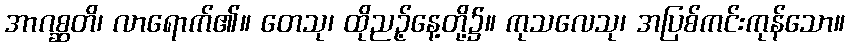
အာဂစ္ဆတိ၊ လာရောက်၏။ တေသု၊ ထိုညဉ့်နေ့တို့၌။ ကုသလေသု၊ အပြစ်ကင်းကုန်သော။